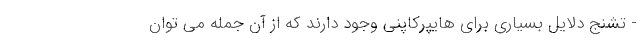
- تشنج دلایل بسیاری برای هایپرکاپنی وجود دارند که از آن جمله می توان